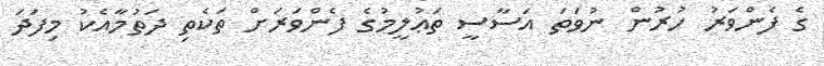
ގެ ފެންވަރު ހުރުން ނުވަތަ އަސާސީ ތަޢުލީމުގެ ފެންވަރަށް ތަކެތި ދަތުމާއެކު މިފަދަ